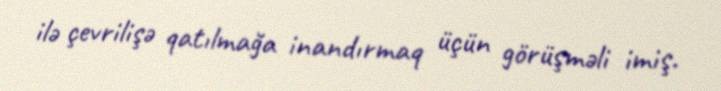
ilə çevrilişə qatılmağa inandırmaq üçün görüşməli imiş.